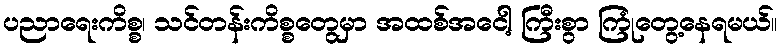
ပညာရေးကိစ္စ၊ သင်တန်းကိစ္စတွေမှာ အထစ်အငေါ့ ကြီးစွာ ကြုံတွေ့နေရမယ်။